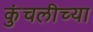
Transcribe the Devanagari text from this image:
कुंचलीच्या